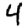
Digit: 4